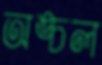
অঙ্চল